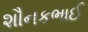
શૌનકભાઈ